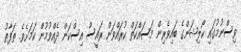
ވިސްނުމުގައި ކޯލިޝަންގެ ބައިވެރިން މަަސައްކަތް ކުރައްވަން ރައީސް އިސްކަން ދެއްވުމުން ކަމަށެވެ. ތަފާތު